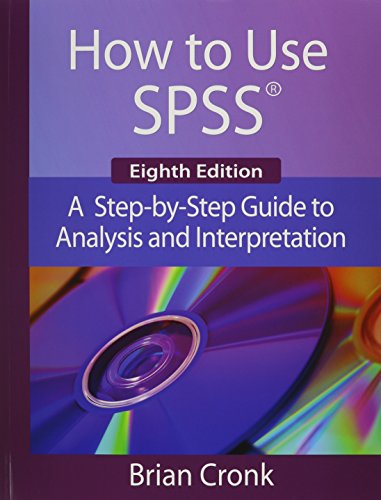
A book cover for How to Use IBM SPSS Statistics: A Step-By-Step Guide to Analysis and Interpretation; Brian C. Cronk; Computers & Technology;